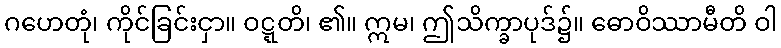
ဂဟေတုံ၊ ကိုင်ခြင်းငှာ။ ဝဋ္ဋတိ၊ ၏။ ဣမ၊ ဤသိက္ခာပုဒ်၌။ ဓောဝိဿာမီတိ ဝါ